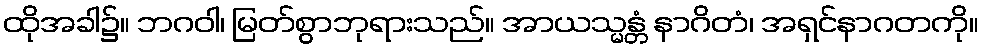
ထိုအခါ၌။ ဘဂဝါ၊ မြတ်စွာဘုရားသည်။ အာယသ္မန္တံ နာဂိတံ၊ အရှင်နာဂတကို။